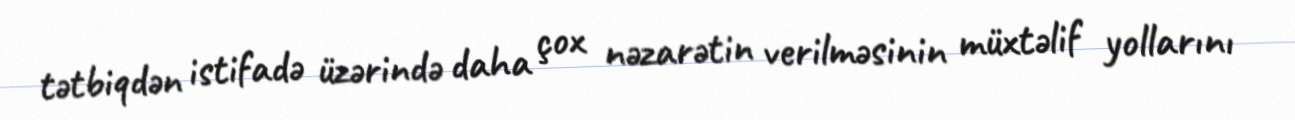
tətbiqdən istifadə üzərində daha çox nəzarətin verilməsinin müxtəlif yollarını